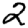
Digit: 2